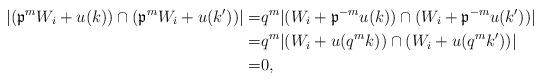
LaTeX: \begin{align*}|(\frak p^{m} W_i+u(k)) \cap (\frak p^{m} W_i+u(k'))|=&q^m |(W_i+\frak p^{-m} u(k)) \cap (W_i+\frak p^{-m} u(k'))|\\=& q^m |(W_i+ u(q^m k)) \cap (W_i+ u(q^m k'))|\\=&0,\end{align*}